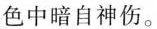
色中暗自神伤。